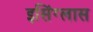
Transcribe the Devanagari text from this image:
इसिंग्लास